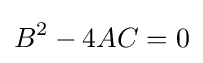
B^{2}-4AC=0